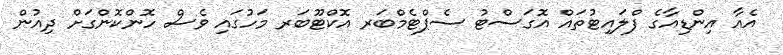
އެއާ އިންޑިއާގެ ފްލައިޓުތައް އޮގަސްޓު ސެޕްޓެމްބަރ އޮކްޓޫބަރ މަހުގައި ވެސް ހޮންކޮންގަށް ދިއުން